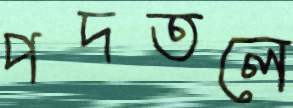
পদতলে